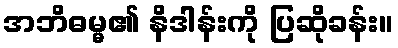
အဘိဓမ္မ၏ နိဒါန်းကို ပြဆိုခန်း။